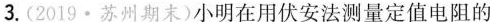
阻值实验中，当逐渐改变滑动变阻器滑片到某一位